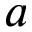
a